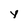
Character: Y